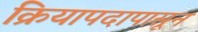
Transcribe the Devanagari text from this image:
क्रियापदापासून